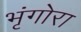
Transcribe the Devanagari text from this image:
भृंगोरा